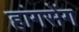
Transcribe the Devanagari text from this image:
हांगसेंग